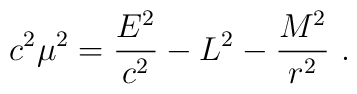
c^2\mu^2= {E^2\over c^2}-L^2-{M^2\over r^2}\ .